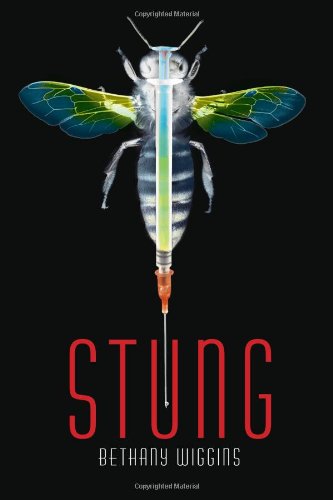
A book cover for Stung; Bethany Wiggins; Teen & Young Adult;